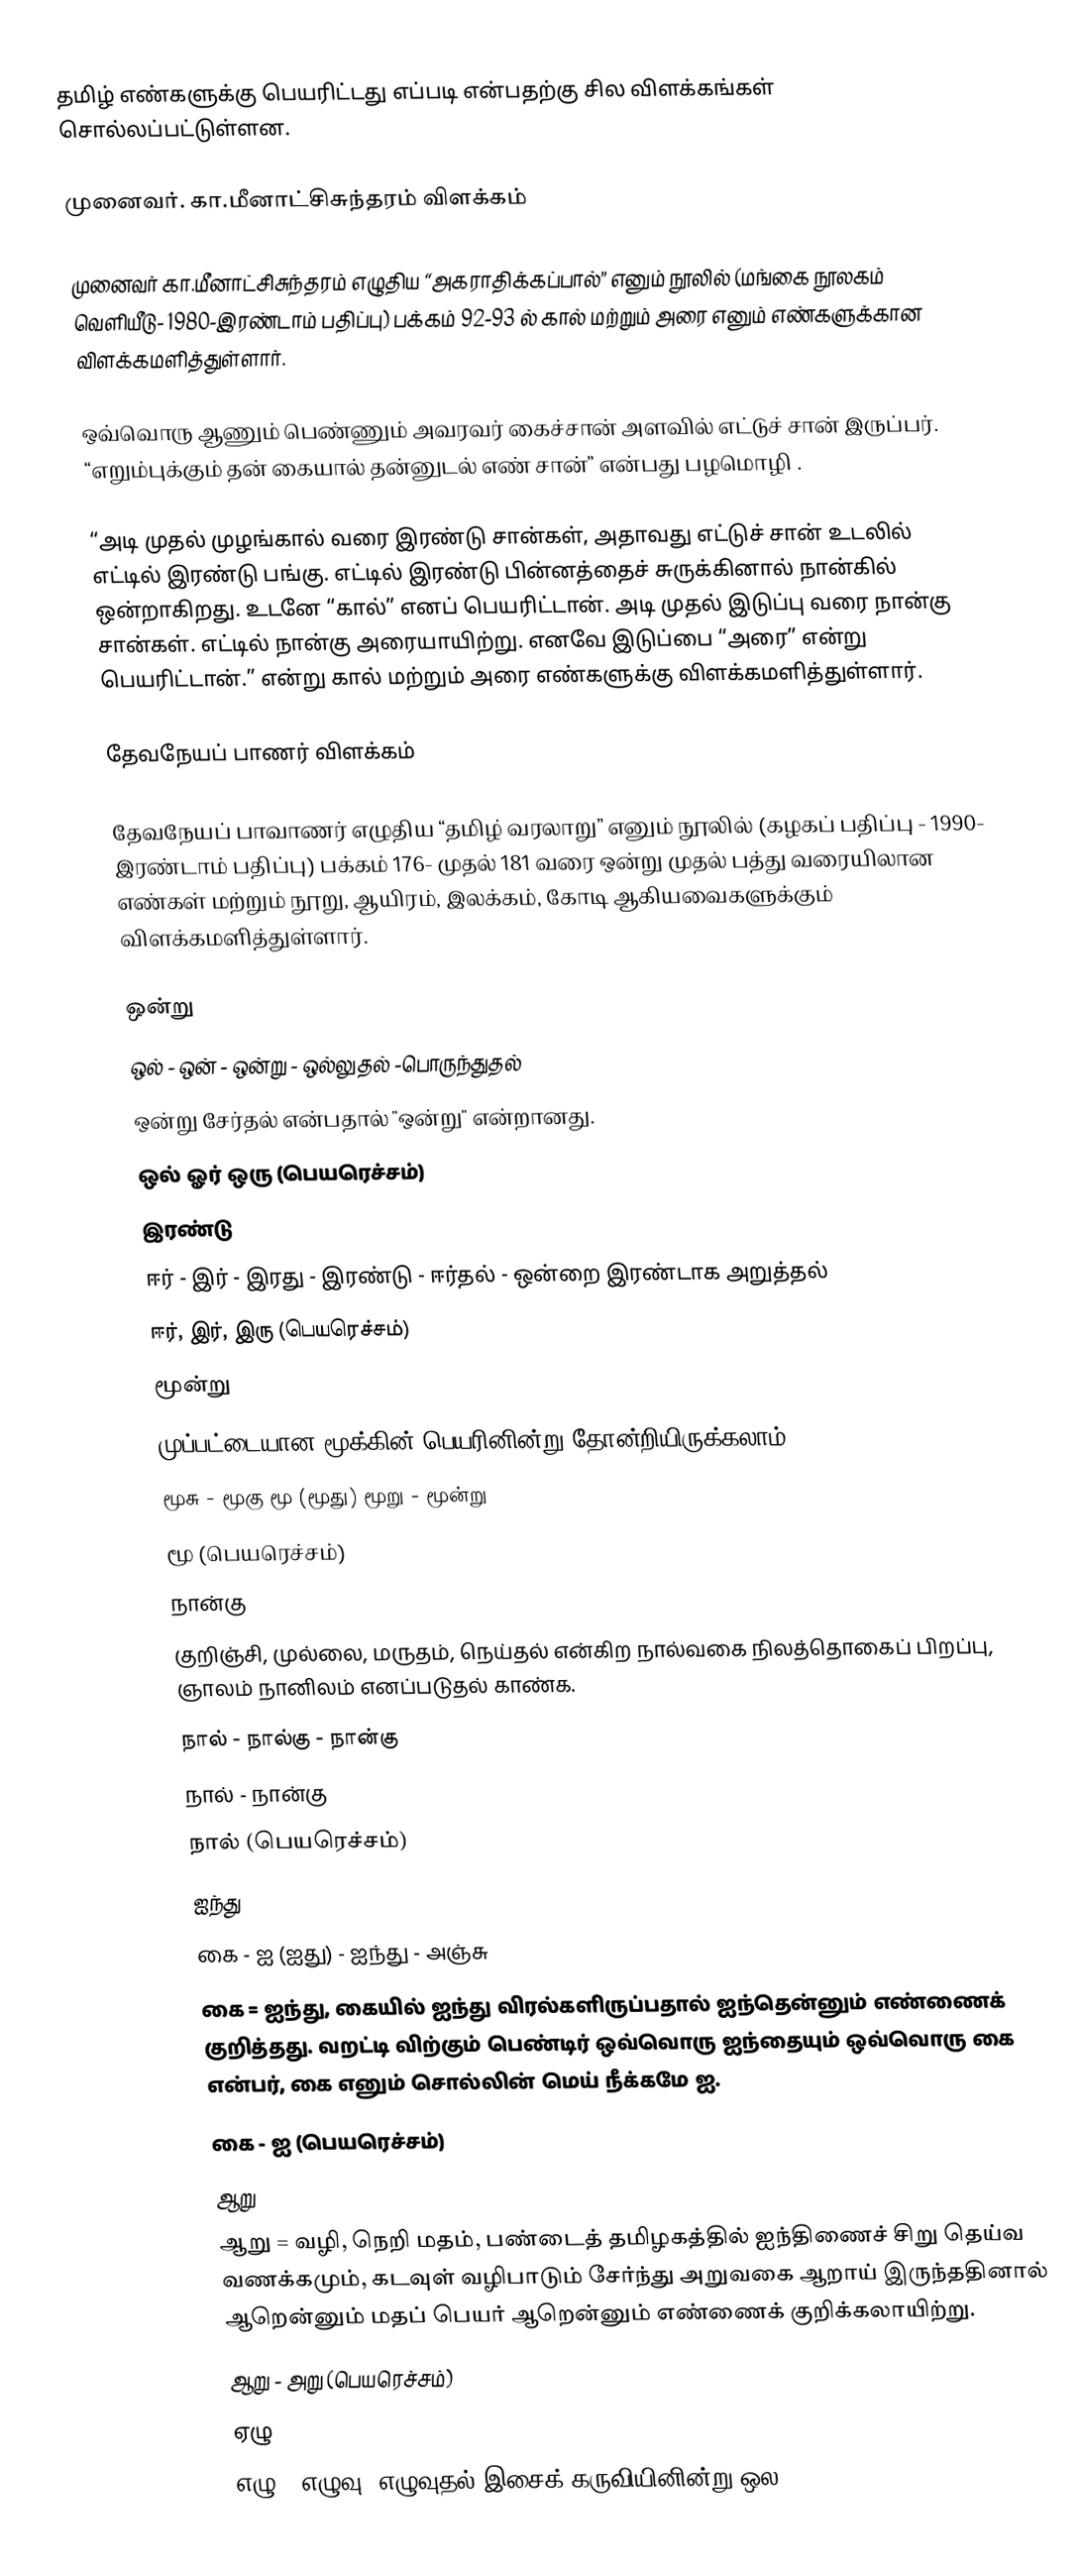
தமிழ் எண்களுக்கு பெயரிட்டது எப்படி என்பதற்கு சில விளக்கங்கள் சொல்லப்பட்டுள்ளன.

முனைவர். கா.மீனாட்சிசுந்தரம் விளக்கம்

முனைவர் கா.மீனாட்சிசுந்தரம் எழுதிய “அகராதிக்கப்பால்” எனும் நூலில் (மங்கை நூலகம் வெளியீடு- 1980-இரண்டாம் பதிப்பு) பக்கம் 92-93 ல் கால் மற்றும் அரை எனும்  எண்களுக்கான விளக்கமளித்துள்ளார்.

ஒவ்வொரு ஆணும்  பெண்ணும் அவரவர் கைச்சான் அளவில் எட்டுச் சான் இருப்பர். “எறும்புக்கும்  தன் கையால் தன்னுடல் எண் சான்” என்பது பழமொழி .

“அடி முதல் முழங்கால் வரை இரண்டு சான்கள், அதாவது எட்டுச் சான் உடலில் எட்டில் இரண்டு பங்கு. எட்டில் இரண்டு பின்னத்தைச் சுருக்கினால் நான்கில் ஒன்றாகிறது. உடனே “கால்” எனப் பெயரிட்டான். அடி முதல் இடுப்பு வரை நான்கு சான்கள். எட்டில் நான்கு அரையாயிற்று. எனவே இடுப்பை “அரை” என்று பெயரிட்டான்.” என்று கால் மற்றும் அரை எண்களுக்கு விளக்கமளித்துள்ளார்.

தேவநேயப் பாணர் விளக்கம்

தேவநேயப் பாவாணர் எழுதிய “தமிழ் வரலாறு” எனும் நூலில் (கழகப் பதிப்பு - 1990- இரண்டாம் பதிப்பு) பக்கம் 176- முதல் 181 வரை ஒன்று முதல் பத்து வரையிலான எண்கள் மற்றும் நூறு, ஆயிரம், இலக்கம், கோடி ஆகியவைகளுக்கும் விளக்கமளித்துள்ளார்.

ஒன்று
ஒல் - ஒன் - ஒன்று - ஒல்லுதல் -பொருந்துதல்
ஒன்று சேர்தல் என்பதால் "ஒன்று" என்றானது.
ஒல் ஓர் ஒரு (பெயரெச்சம்)
இரண்டு
ஈர் - இர் - இரது - இரண்டு - ஈர்தல் - ஒன்றை இரண்டாக அறுத்தல்
ஈர், இர், இரு (பெயரெச்சம்)
மூன்று
முப்பட்டையான மூக்கின் பெயரினின்று தோன்றியிருக்கலாம்.
மூசு - மூகு மூ (மூது) மூறு - மூன்று
மூ (பெயரெச்சம்)
நான்கு
குறிஞ்சி, முல்லை, மருதம், நெய்தல் என்கிற நால்வகை நிலத்தொகைப் பிறப்பு, ஞாலம் நானிலம் எனப்படுதல் காண்க.
நால் - நால்கு - நான்கு
நால் - நான்கு
நால் (பெயரெச்சம்)
ஐந்து
கை - ஐ (ஐது) - ஐந்து - அஞ்சு
கை = ஐந்து, கையில் ஐந்து விரல்களிருப்பதால் ஐந்தென்னும் எண்ணைக் குறித்தது. வறட்டி விற்கும் பெண்டிர் ஒவ்வொரு ஐந்தையும் ஒவ்வொரு கை என்பர், கை எனும் சொல்லின் மெய் நீக்கமே ஐ.
கை - ஐ (பெயரெச்சம்)
ஆறு
ஆறு = வழி, நெறி மதம், பண்டைத் தமிழகத்தில் ஐந்திணைச் சிறு தெய்வ வணக்கமும், கடவுள் வழிபாடும் சேர்ந்து அறுவகை ஆறாய் இருந்ததினால் ஆறென்னும் மதப் பெயர் ஆறென்னும் எண்ணைக் குறிக்கலாயிற்று.
ஆறு - அறு (பெயரெச்சம்)
ஏழு
எழு - எழுவு, எழுவுதல் இசைக் கருவியினின்று ஒல